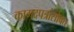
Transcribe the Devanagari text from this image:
कागदपत्रांसोबत